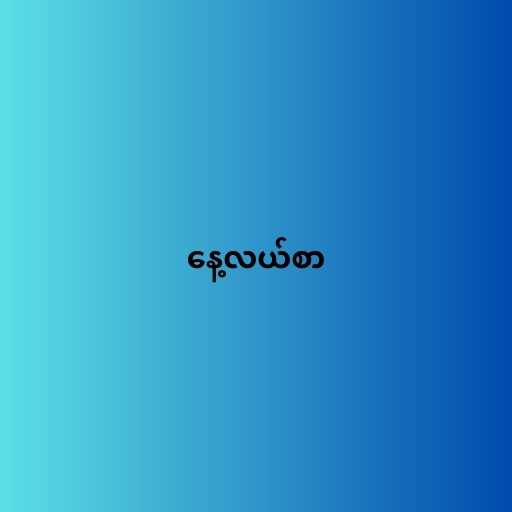
နေ့လယ်စာ